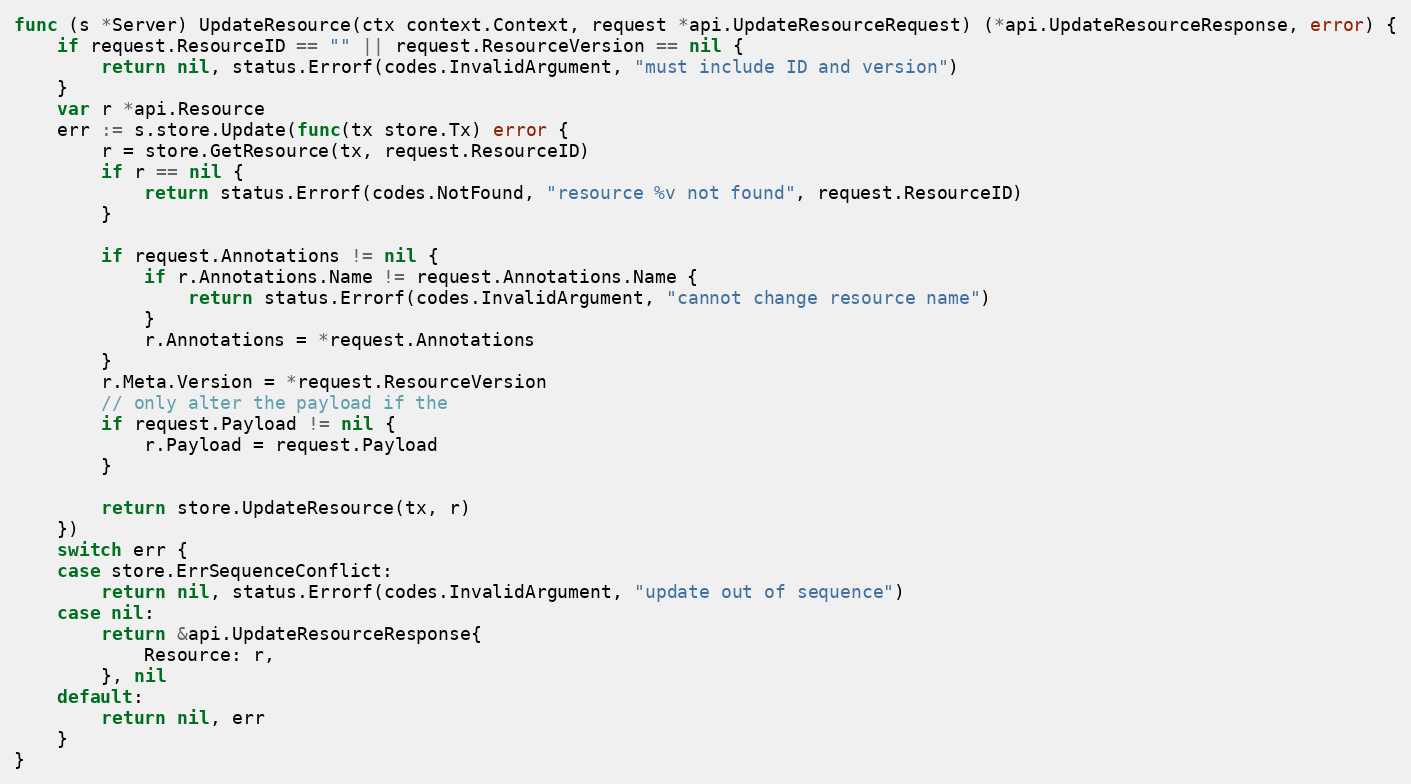
Language: Go
func (s *Server) UpdateResource(ctx context.Context, request *api.UpdateResourceRequest) (*api.UpdateResourceResponse, error) {
	if request.ResourceID == "" || request.ResourceVersion == nil {
		return nil, status.Errorf(codes.InvalidArgument, "must include ID and version")
	}
	var r *api.Resource
	err := s.store.Update(func(tx store.Tx) error {
		r = store.GetResource(tx, request.ResourceID)
		if r == nil {
			return status.Errorf(codes.NotFound, "resource %v not found", request.ResourceID)
		}

		if request.Annotations != nil {
			if r.Annotations.Name != request.Annotations.Name {
				return status.Errorf(codes.InvalidArgument, "cannot change resource name")
			}
			r.Annotations = *request.Annotations
		}
		r.Meta.Version = *request.ResourceVersion
		// only alter the payload if the
		if request.Payload != nil {
			r.Payload = request.Payload
		}

		return store.UpdateResource(tx, r)
	})
	switch err {
	case store.ErrSequenceConflict:
		return nil, status.Errorf(codes.InvalidArgument, "update out of sequence")
	case nil:
		return &api.UpdateResourceResponse{
			Resource: r,
		}, nil
	default:
		return nil, err
	}
}